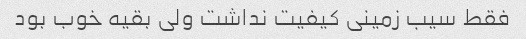
فقط سیب زمینی کیفیت نداشت ولی بقیه خوب بود